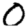
Digit: 0